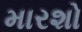
મારશો